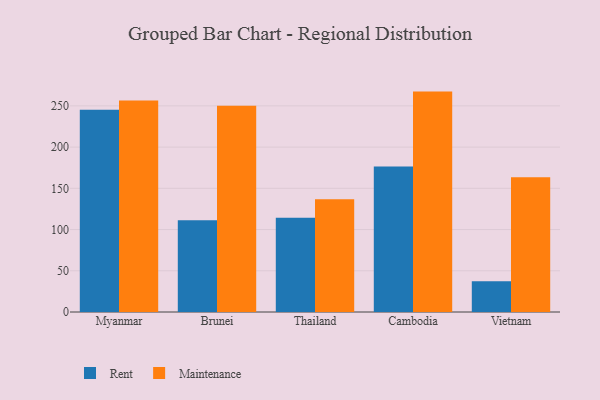
{"axis": {"x": "Country", "y": "Demand Index"}, "legend": ["Maintenance", "Rent"], "data": [{"x": "Myanmar", "y": 245.2, "type": "Rent"}, {"x": "Myanmar", "y": 256.5, "type": "Maintenance"}, {"x": "Brunei", "y": 111.4, "type": "Rent"}, {"x": "Brunei", "y": 250.0, "type": "Maintenance"}, {"x": "Thailand", "y": 114.3, "type": "Rent"}, {"x": "Thailand", "y": 136.6, "type": "Maintenance"}, {"x": "Cambodia", "y": 176.6, "type": "Rent"}, {"x": "Cambodia", "y": 267.3, "type": "Maintenance"}, {"x": "Vietnam", "y": 37.4, "type": "Rent"}, {"x": "Vietnam", "y": 163.3, "type": "Maintenance"}]}